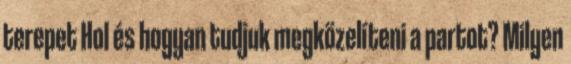
terepet Hol és hogyan tudjuk megközelíteni a partot? Milyen